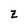
Character: z